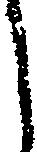
し